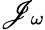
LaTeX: \mathscr{J}_{\omega}